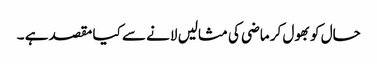
حال کو بھول کر ماضی کی مثالیں لانے سے کیا مقصد ہے ۔